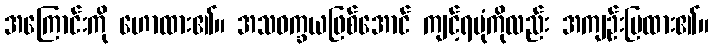
အကြောင်းကို ဟောထား၏။ အသဝက္ခယဖြစ်အောင် ကျင့်ရပုံကိုလည်း အကျဉ်းပြထား၏။